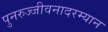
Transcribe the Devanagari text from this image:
पुनरुज्जीवनादरम्यान